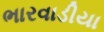
ભારવાડીયા